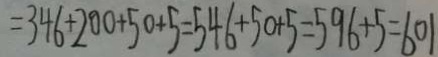
= 3 4 6 + 2 0 0 + 5 0 + 5 = 5 4 6 + 5 0 + 5 = 5 9 6 + 5 = 6 0 1